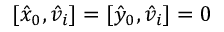
[ \hat { x } _ { 0 } , \hat { v } _ { i } ] = [ \hat { y } _ { 0 } , \hat { v } _ { i } ] = 0